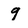
Character: 9